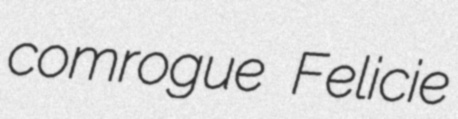
comrogue Felicie